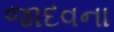
જાદવના